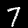
Label: 7